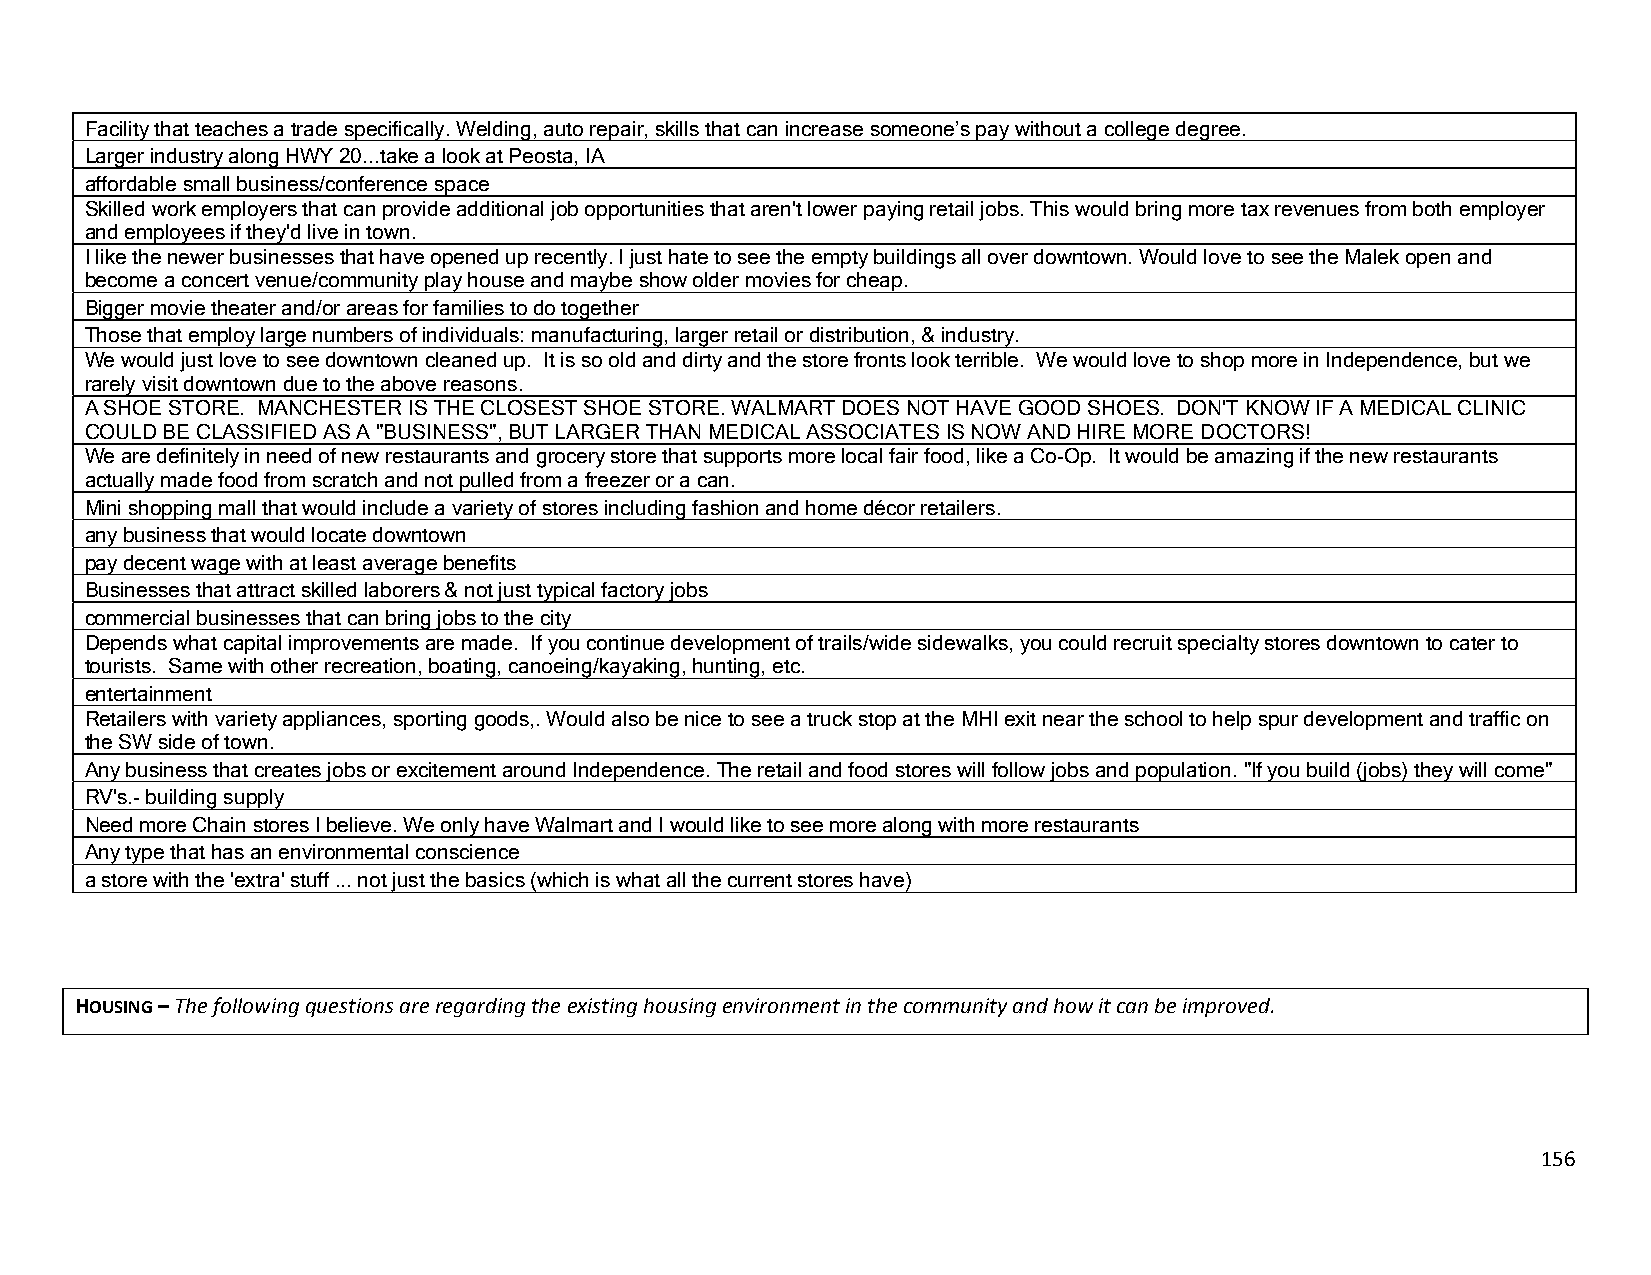
Facility that teaches a trade specifically. Welding, auto repair, skills that can increase someone’s pay without a college degree.
 Larger industry along HWY 20...take a look at Peosta, IA
 affordable small business/conference space
 Skilled work employers that can provide additional job opportunities that aren't lower paying retail jobs. This would bring more tax revenues from both employer
 and employees if they'd live in town.
 I like the newer businesses that have opened up recently. I just hate to see the empty buildings all over downtown. Would love to see the Malek open and
 become a concert venue/community play house and maybe show older movies for cheap.
 Bigger movie theater and/or areas for families to do together
 Those that employ large numbers of individuals: manufacturing, larger retail or distribution, & industry.
 We would just love to see downtown cleaned up. It is so old and dirty and the store fronts look terrible. We would love to shop morein Independence, but we
 rarely visit downtown due to the above reasons.
 A SHOE STORE. MANCHESTER IS THE CLOSEST SHOE STORE. WALMART DOES NOT HAVE GOOD SHOES. DON'T KNOW IF A MEDICAL CLINIC
 COULD BE CLASSIFIED AS A "BUSINESS", BUT LARGER THAN MEDICAL ASSOCIATES IS NOW AND HIRE MORE DOCTORS!
 We are definitely in need of new restaurants and grocery store that supports more local fair food, like a Co-Op. It would be amazing if the new restaurants
 actually made food from scratch and not pulled from a freezer or a can.
 Mini shopping mall that would include a variety of stores including fashion and home décor retailers.
 any business that would locate downtown
 pay decent wage with at least average benefits
 Businesses that attract skilled laborers & not just typical factory jobs
 commercial businesses that can bring jobs to the city
 Depends what capital improvements are made. If you continue development of trails/wide sidewalks, you could recruit specialty stores downtown to cater to
 tourists. Same with other recreation, boating, canoeing/kayaking, hunting, etc.
 entertainment
 Retailers with variety appliances, sporting goods,. Would also be nice to see a truck stop at the MHI exit near the school tohelp spur development and traffic on
 the SW side of town.
 Any business that creates jobs or excitement around Independence. The retail and food stores will follow jobs and population. "If you build (jobs) they will come"
 RV's.- building supply
 Need more Chain stores I believe. We only have Walmart and I would like to see more along with more restaurants
 Any type that has an environmental conscience
 a store with the 'extra' stuff ... not just the basics (which is what all the current stores have)
 HOUSING – The following questions are regarding the existing housing environment in the community and how it can be improved.
 156